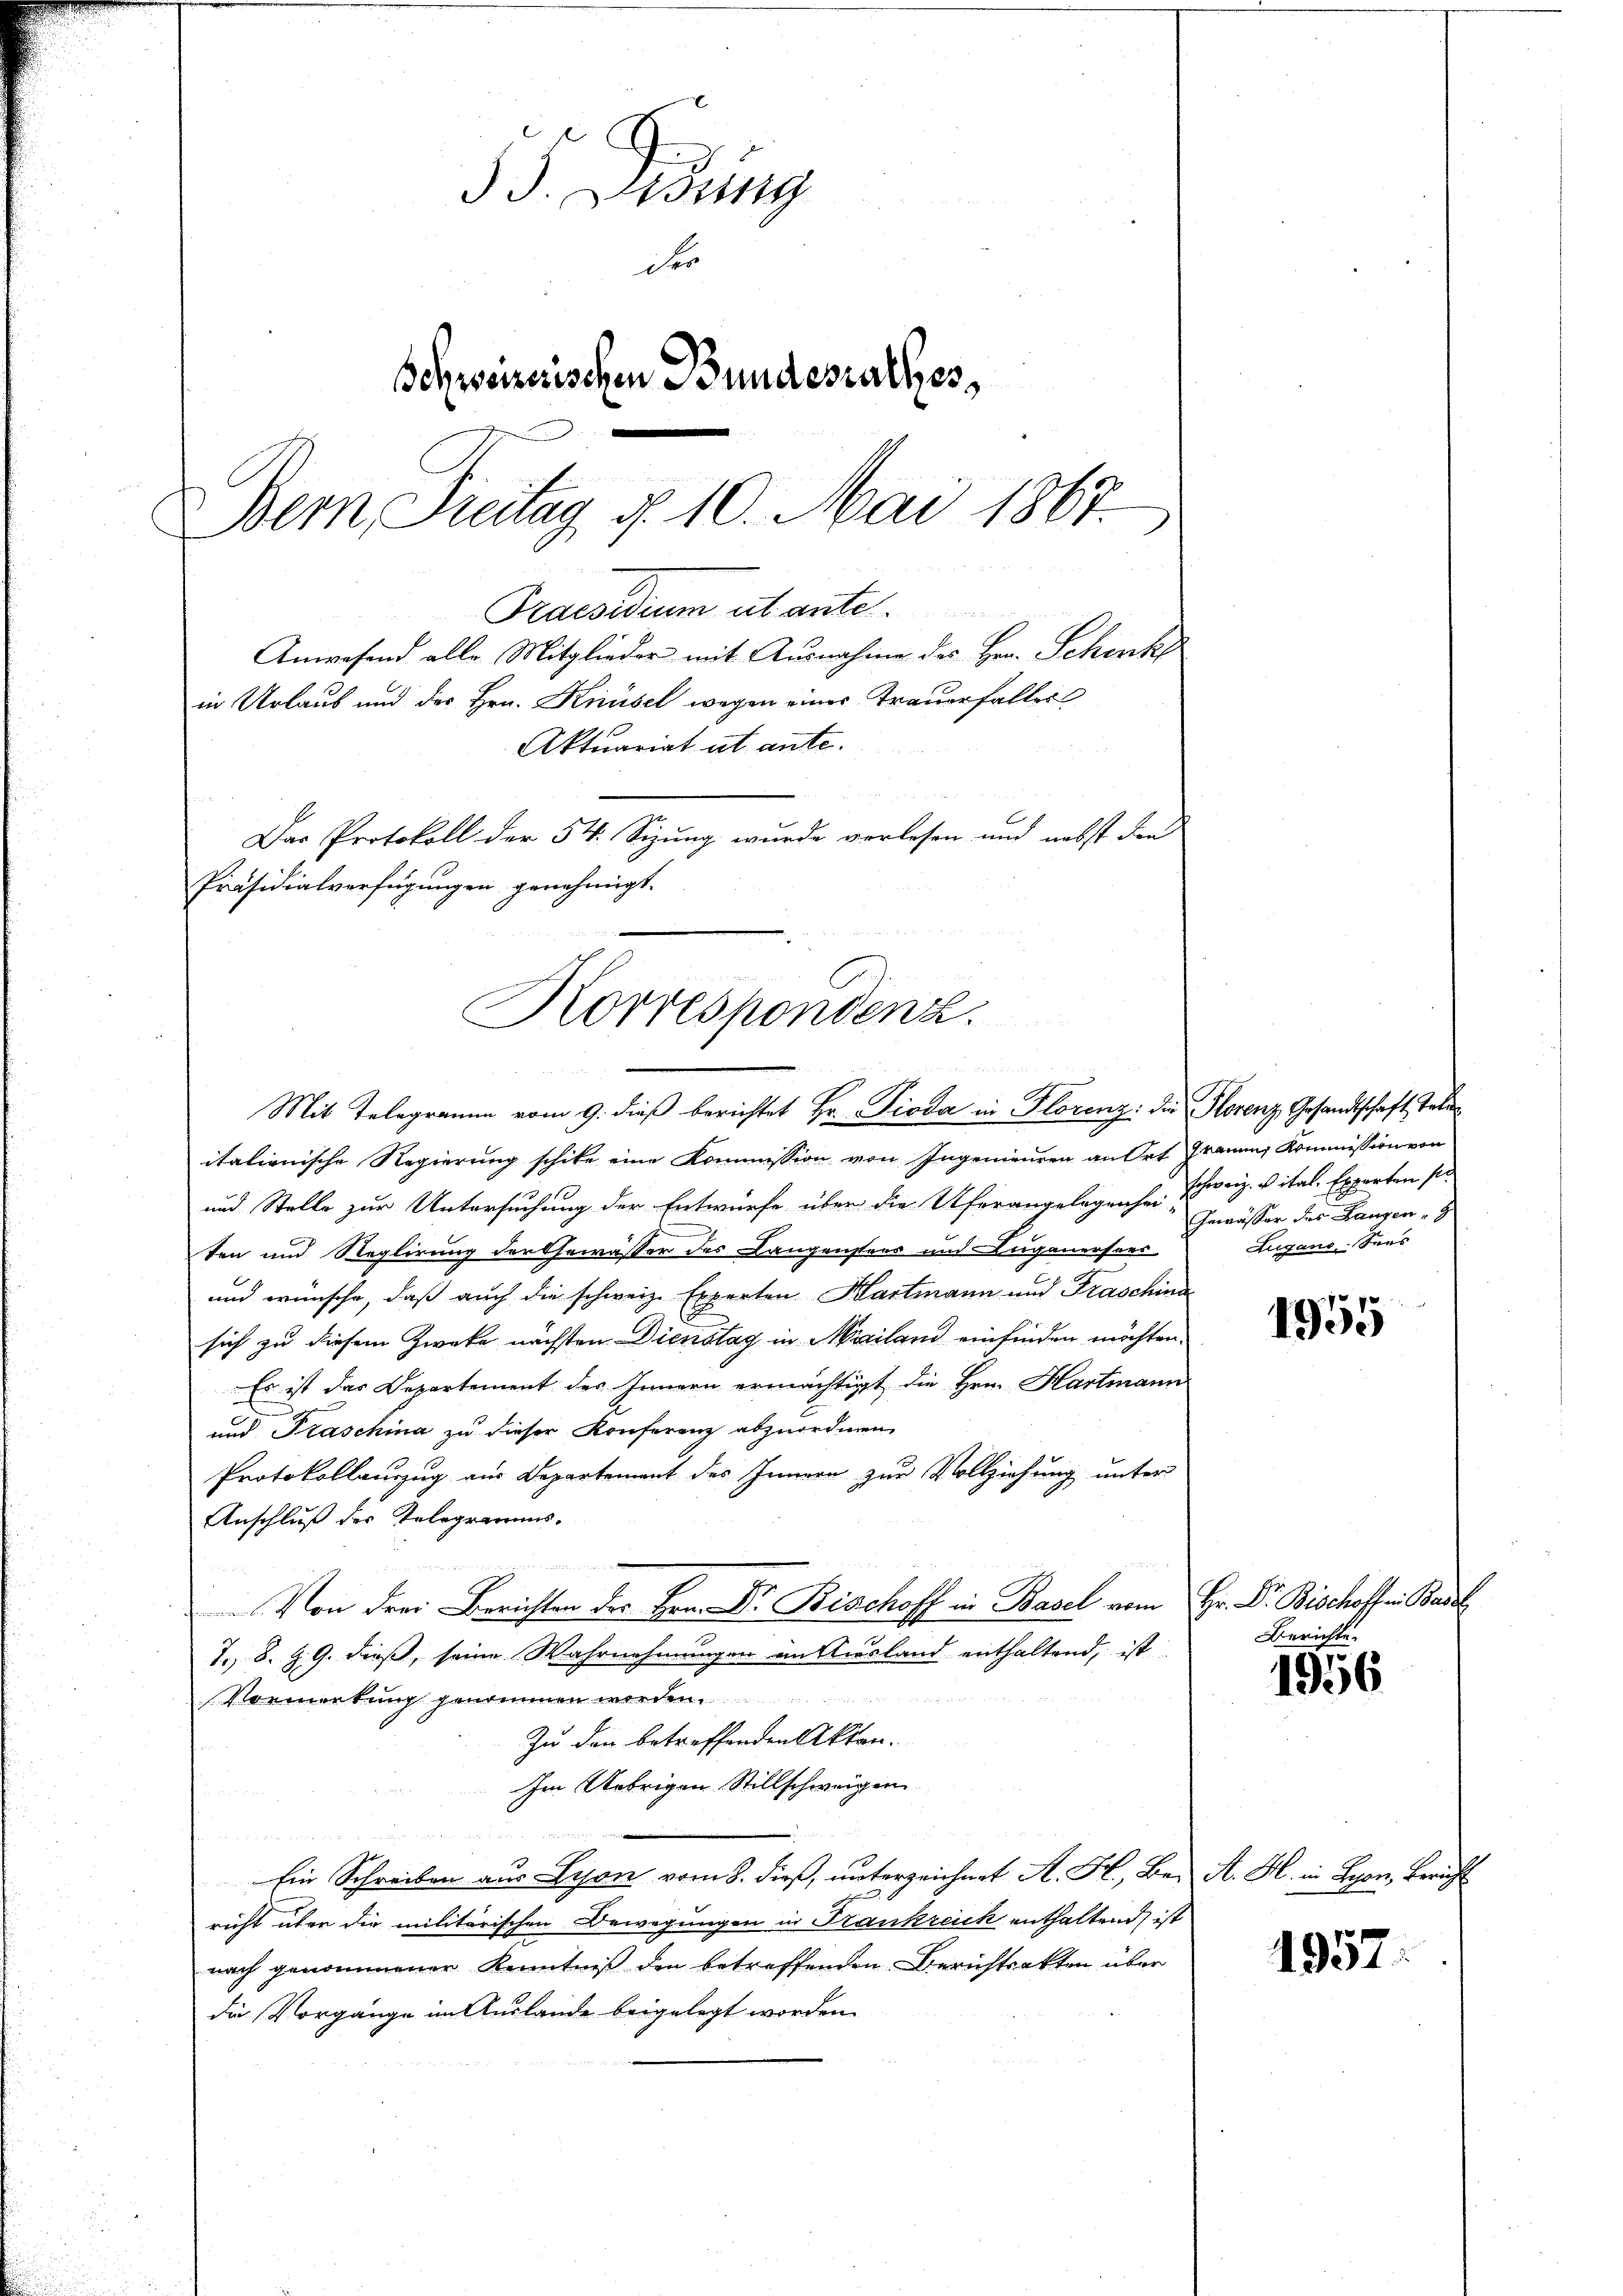
3 J. Szi
der
Schweizerischen Bundesrathes,
Bemn Freitag, d. 10. Mai 1867.
Praesidium utante.
Anwesend alle Mitglieder mit Ausnahme des Hrn. Schenke
in Urlaub und des Hrn. Knüsel wegen einer Trauerfaller
Aktuariat ut ante.
Das Protokoll der 54. Sizung wurde vorlesen und nebst den
Präsidialverfügungen genehmigt.

Korrespondenz.
er der
A

Mit Telegramm vom 9. dieß berichtet Hr. Pioda in Florenz: die Florenz Gesandtschaft Tele
italienische Regierung schike eine Kommission von Ingenieuren an Ort Frauer Kommission von
und Stelle zur Untersuchung der Entwurfe über die Uferangelegenser Schweiz. v ital. Experten sie
ten und Reglirung der Gewässer des Langenstees und Luganersees
und wünsche, daß auch die schweiz. Experten Hartmann und Fraschina
sich zu diesem Zwecke nächsten Dienstag in Mailand einfinden möchten.
Es ist das Departement des Innern ermächtigt die Hrn. Hartmann
und Kaschina zu dieser Konferenz abzuordnen.
Protokollauszug aus Departement des Innern zur Vollziehung unter
Anschluß der Telegramms.
Von drei Berichten der Herr Dr. Bischoff in Basel vom Hr. Dr. Bischoffen Basel
7., S. Z. 9. dieß, seine Wahrnehmungen in Ausland enthaltend, ist
(VBemerkung genommen werden.
Zu den betreffenden Akten.
Im Uebrigen Stillschweigen
Ein Schreiben aus Schon vorzeicht. H. B. A. H. in Lyon, Bericht
richt über die militärischen Bewegungen in Trankreich enthaltend, ist
nach genommener Kenntniß den betreffenden Berichtsakten über
die Vorgänge im Auslande beigelegt worden.

Gewässer des Langen,
Augano-Sees

1955

Berichte.

1956

1957: